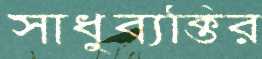
সাধুব্যক্তির